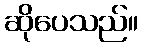
ဆိုပေသည်။